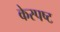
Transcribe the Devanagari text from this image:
केस्पष्ट